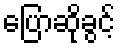
ပြောဆိုခွင့်